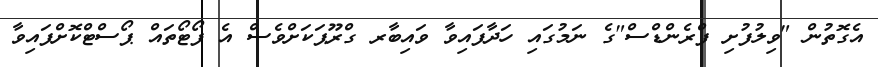
އެގޮތުން "ވިލުފުށި ފްރެންޑްސް"ގެ ނަމުގައި ހަދާފައިވާ ވައިބާރ ގްރޫޕަކަށްވެސް އެ ފޯޓޯތައް ޕޯސްޓްކޮށްފައިވާ